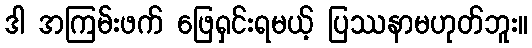
ဒါ အကြမ်းဖက် ဖြေရှင်းရမယ့် ပြဿနာမဟုတ်ဘူး။